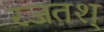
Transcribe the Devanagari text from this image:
रजतश्